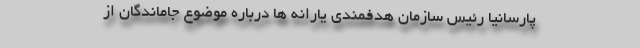
پارسانیا رئیس سازمان هدفمندی یارانه ها درباره موضوع جاماندگان از